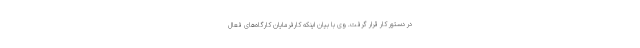
در دستور کار قرار گرفت. وی با بیان اینکه کارفرمایان کارگاه‌های فعال